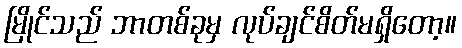
မြိုင်သည် ဘာတစ်ခုမှ လုပ်ချင်စိတ်မရှိတော့။